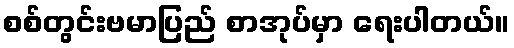
စစ်တွင်းဗမာပြည် စာအုပ်မှာ ရေးပါတယ်။